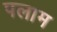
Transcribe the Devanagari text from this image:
पलाम